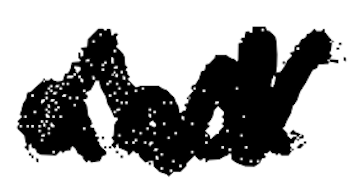
Text: and
Cross-out: zig-zag
Writing tool: digital_black